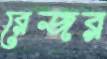
রেজর